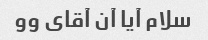
سلام آیا آن آقای وو